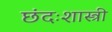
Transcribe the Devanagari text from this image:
छंदःशास्त्री